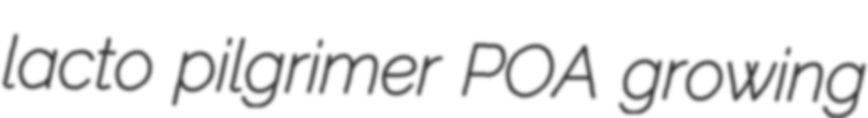
lacto pilgrimer POA growing